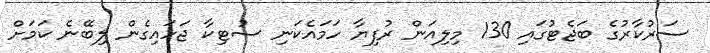
ސަރުކާރުގެ ބަޖެޓުގައި 130 މިލިއަން ރުފިޔާ ހަމައެކަނި ސުޓިކާ ޖަހައިގެން ލިބޭނެ ކަމަށް